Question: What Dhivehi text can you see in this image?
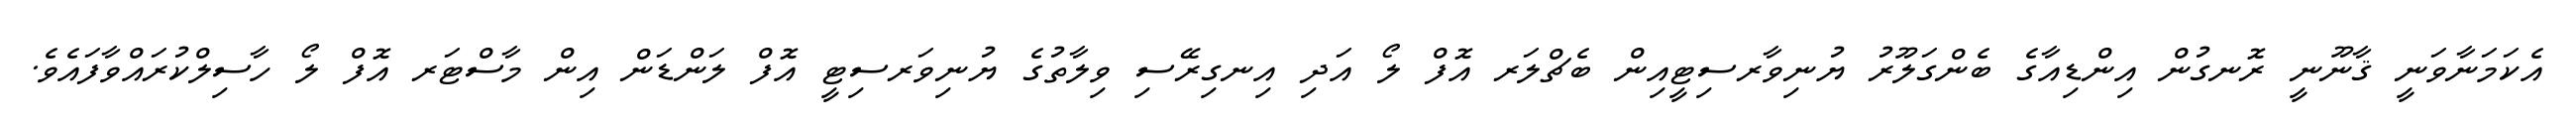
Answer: އެކަމަނާވަނީ ޤާނޫނީ ރޮނގުން އިންޑިއާގެ ބެންގަލޫރު ޔުނިވާރސިޓީއިން ބެޗްލަރ އޮފް ލޯ އަދި އިނގިރޭސި ވިލާތުގެ ޔުނިވަރސިޓީ އޮފް ލަންޑަން އިން މާސްޓަރ އޮފް ލޯ ހާސިލްކުރައްވާފައެވެ.